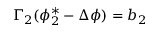
\Gamma _ { 2 } ( \phi _ { 2 } ^ { * } - \Delta \phi ) = b _ { 2 }